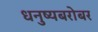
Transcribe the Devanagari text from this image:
धनुष्यबरोबर